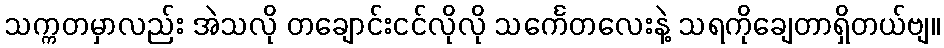
သက္ကတမှာလည်း အဲသလို တချောင်းငင်လိုလို သင်္ကေတလေးနဲ့ သရကိုချေတာရှိတယ်ဗျ။